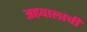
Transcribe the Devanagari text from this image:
अहवालाची